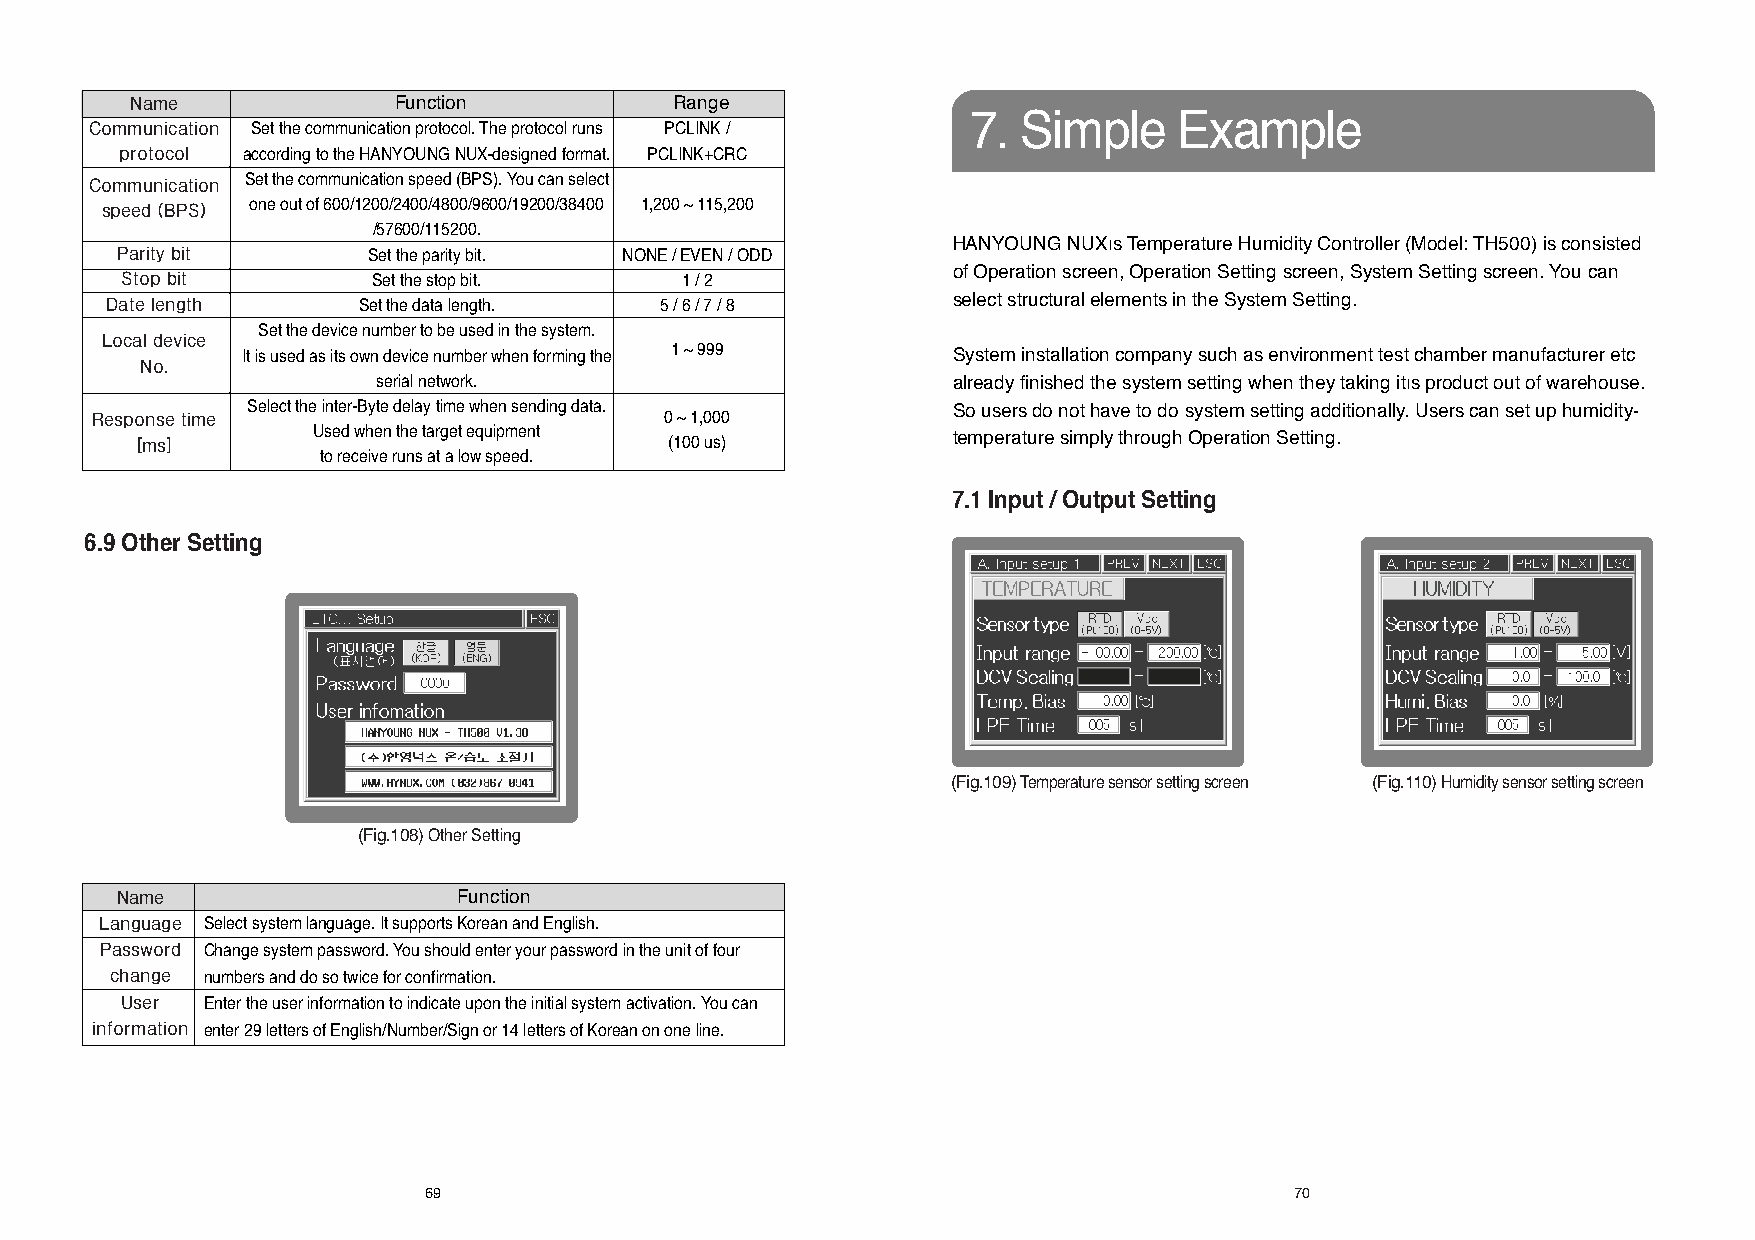
Name             Function           Range
 7.  Simple    Example
 Communication Set the communication protocol. The protocol runs PCLINK /
 protocol according to the HANYOUNG NUX-designed format. PCLINK+CRC
 Communication Set the communication speed (BPS). You can select
 speed (BPS) one out of 600/1200/2400/4800/9600/19200/38400 1,200 ~ 115,200
 /57600/115200.
 HANYOUNG NUXís Temperature Humidity Controller (Model: TH500) is consisted
 Parity bit      Set the parity bit. NONE / EVEN / ODD
 of Operation screen, Operation Setting screen, System Setting screen. You can
 Stop bit         Set the stop bit.   1 / 2
 Date length      Set the data length. 5 / 6 / 7 / 8     select structural elements in the System Setting.
 Set the device number to be used in the system.
 Local device
 It is used as its own device number when forming the 1 ~ 999 System installation company such as environment test chamber manufacturer etc
 No.
 serial network.                       already finished the system setting when they taking itís product out of warehouse.
 Select the inter-Byte delay time when sending data. So users do not have to do system setting additionally. Users can set up humidity-
 Response time                         0 ~ 1,000
 [ms]        Used when the target equipment (100 us)   temperature simply through Operation Setting.
 to receive runs at a low speed.
 7.1 Input / Output Setting
 6.9 Other Setting
 (Fig.109)Temperature sensor setting screen (Fig.110)Humidity sensor setting screen
 (Fig.108)Other Setting
 Name                  Function
 Language Select system language. It supports Korean and English.
 Password Change system password. You should enter your password in the unit of four
 change numbers and do so twice for confirmation.
 User Enter the user information to indicate upon the initial system activation. You can
 information enter 29 letters of English/Number/Sign or 14 letters of Korean on one line.
 69                                                        70